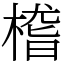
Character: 㮷